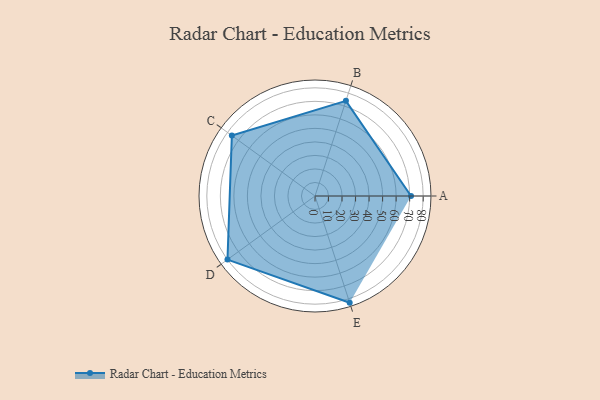
{"axis": {"x": "Skill", "y": "Score"}, "legend": ["Profile"], "data": [{"x": "A", "y": 71.0, "type": "Profile"}, {"x": "B", "y": 74.0, "type": "Profile"}, {"x": "C", "y": 76.0, "type": "Profile"}, {"x": "D", "y": 80.0, "type": "Profile"}, {"x": "E", "y": 83.0, "type": "Profile"}]}